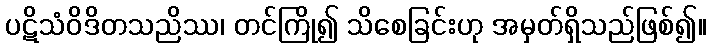
ပဋိသံဝိဒိတသညိဿ၊ တင်ကြို၍ သိစေခြင်းဟု အမှတ်ရှိသည်ဖြစ်၍။